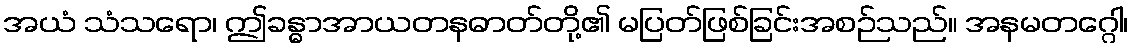
အယံ သံသရော၊ ဤခန္ဓာအာယတနဓာတ်တို့၏ မပြတ်ဖြစ်ခြင်းအစဉ်သည်။ အနမတဂ္ဂေါ၊